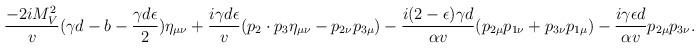
LaTeX: \begin{align*}\frac{-2iM_V^2}{v} (\gamma d-b-\frac{\gamma d \epsilon}{2})\eta_{\mu \nu} +\frac{i\gamma d \epsilon}{v} (p_2\cdot p_3 \eta_{\mu\nu}-p_{2\nu}p_{3\mu})-\frac{i(2-\epsilon)\gamma d }{\alpha v} (p_{2\mu} p_{1\nu}+p_{3\nu}p_{1\mu})-\frac{i\gamma\epsilon d}{\alpha v} p_{2\mu}p_{3\nu}.\end{align*}